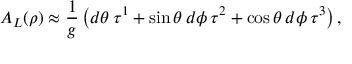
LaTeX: A _ { L } ( \rho ) \approx \frac { 1 } { g } \left( d \theta \, \tau ^ { 1 } + \sin \theta \, d \phi \, \tau ^ { 2 } + \cos \theta \, d \phi \, \tau ^ { 3 } \right) ,